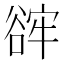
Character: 䜮